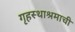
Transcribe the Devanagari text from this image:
गृहस्थाश्रमाची